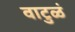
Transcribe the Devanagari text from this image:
वाटुळं